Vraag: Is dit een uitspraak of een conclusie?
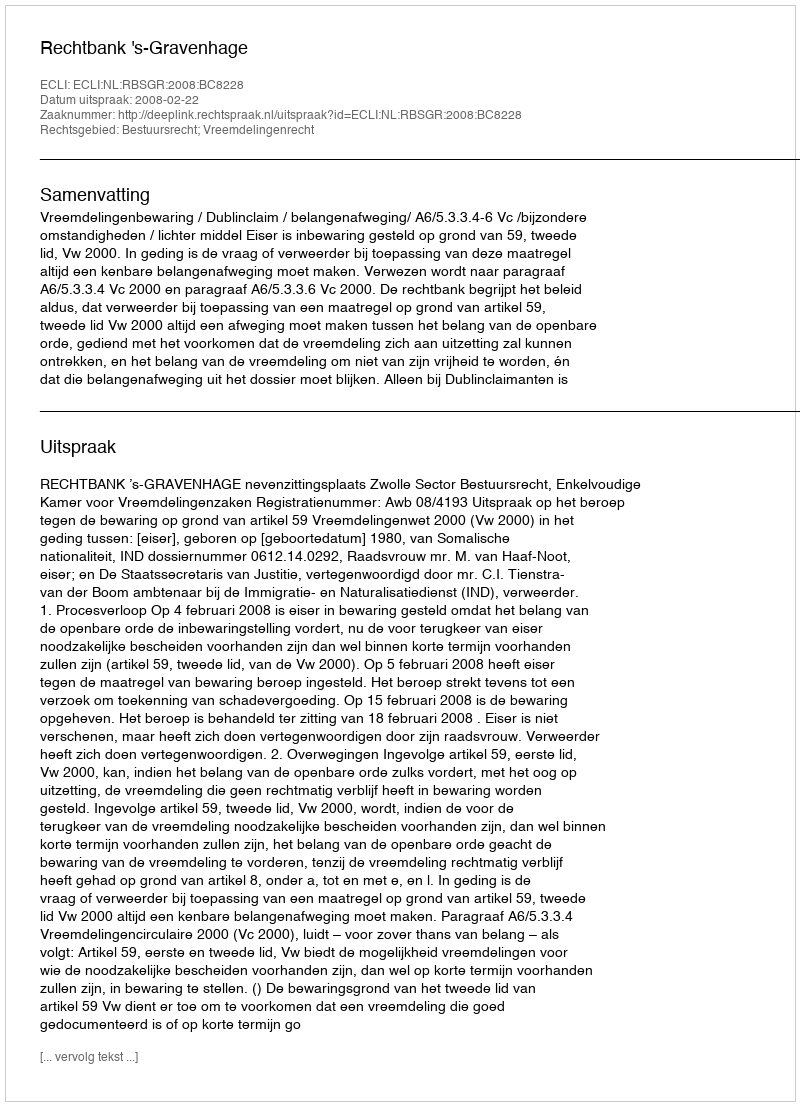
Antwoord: Uitspraak